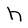
Character: h